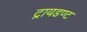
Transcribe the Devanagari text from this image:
ट्रायडण्ट